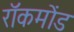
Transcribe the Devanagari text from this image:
रॉकमोंड